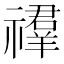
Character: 𥜉